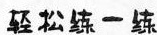
轻松练一练